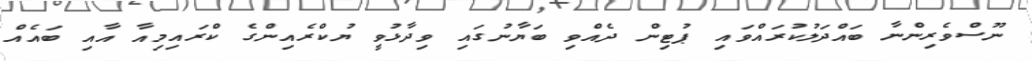
ނޫސްވެރިންނާ ބައްދަލުކުރައްވައި ޕުޓިން ދެއްވި ބަޔާނުގައި ވިދާޅުވީ ޔުކްރެެއިންގެ ކްރައިމިއާ އާއި ބައެއް